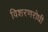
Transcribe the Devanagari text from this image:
विशरणरोधी